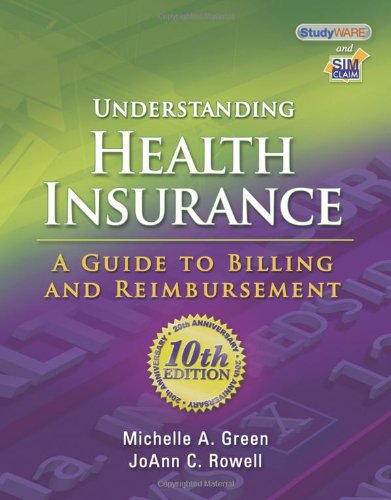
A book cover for Understanding Health Insurance: A Guide to Billing and Reimbursement; Michelle A. Green; Business & Money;